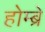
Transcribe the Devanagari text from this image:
होम्ब्रे